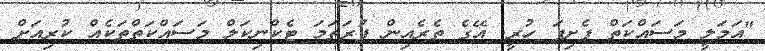
"އަމަލީ މަސައްކަތް ފެށިފަ ހުރީ. އޭގެ ތެރެއިން ފުރަތަމަ ޓެކްނިކަލް މަސައްކަތްތަކެއް ކުރިއަށް